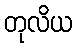
တုလိယ